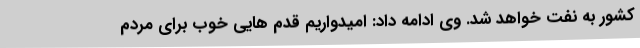
کشور به نفت خواهد شد. وی ادامه داد: امیدواریم قدم هایی خوب برای مردم